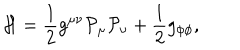
LaTeX: { \cal H } = \frac { 1 } { 2 } g ^ { \mu \nu } { \cal P } _ { \mu } { \cal P } _ { \nu } + \frac { 1 } { 2 } g _ { \phi \phi } ,